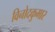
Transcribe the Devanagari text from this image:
विनोदकुमार